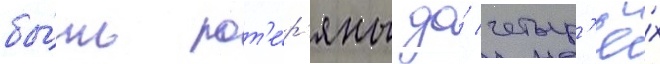
бы́ть пот'е́р'яны до́ четыр'ё́х